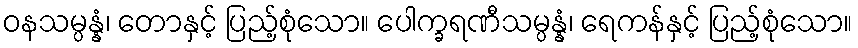
ဝနသမ္ပန္နံ၊ တောနှင့် ပြည့်စုံသော။ ပေါက္ခရဏီသမ္ပန္နံ၊ ရေကန်နှင့် ပြည့်စုံသော။